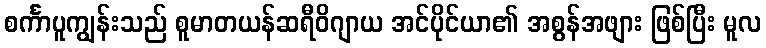
စင်္ကာပူကျွန်းသည် စူမာတယန်ဆရီဝိဂျာယ အင်ပိုင်ယာ၏ အစွန်အဖျား ဖြစ်ပြီး မူလ